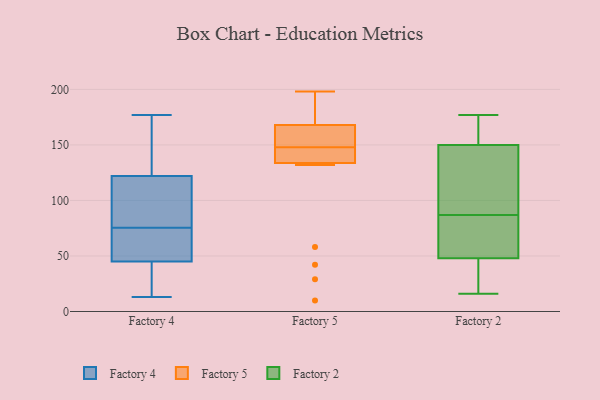
{"axis": {"x": "Budget (USD K)", "y": "Value"}, "legend": ["Factory 2", "Factory 4", "Factory 5"], "data": [{"x": "", "y": 47, "type": "Factory 4"}, {"x": "", "y": 32, "type": "Factory 4"}, {"x": "", "y": 30, "type": "Factory 4"}, {"x": "", "y": 172, "type": "Factory 4"}, {"x": "", "y": 45, "type": "Factory 4"}, {"x": "", "y": 122, "type": "Factory 4"}, {"x": "", "y": 74, "type": "Factory 4"}, {"x": "", "y": 118, "type": "Factory 4"}, {"x": "", "y": 18, "type": "Factory 4"}, {"x": "", "y": 150, "type": "Factory 4"}, {"x": "", "y": 77, "type": "Factory 4"}, {"x": "", "y": 13, "type": "Factory 4"}, {"x": "", "y": 49, "type": "Factory 4"}, {"x": "", "y": 153, "type": "Factory 4"}, {"x": "", "y": 95, "type": "Factory 4"}, {"x": "", "y": 177, "type": "Factory 4"}, {"x": "", "y": 51, "type": "Factory 4"}, {"x": "", "y": 101, "type": "Factory 4"}, {"x": "", "y": 198, "type": "Factory 5"}, {"x": "", "y": 183, "type": "Factory 5"}, {"x": "", "y": 42, "type": "Factory 5"}, {"x": "", "y": 139, "type": "Factory 5"}, {"x": "", "y": 161, "type": "Factory 5"}, {"x": "", "y": 10, "type": "Factory 5"}, {"x": "", "y": 149, "type": "Factory 5"}, {"x": "", "y": 189, "type": "Factory 5"}, {"x": "", "y": 183, "type": "Factory 5"}, {"x": "", "y": 162, "type": "Factory 5"}, {"x": "", "y": 148, "type": "Factory 5"}, {"x": "", "y": 170, "type": "Factory 5"}, {"x": "", "y": 29, "type": "Factory 5"}, {"x": "", "y": 147, "type": "Factory 5"}, {"x": "", "y": 132, "type": "Factory 5"}, {"x": "", "y": 146, "type": "Factory 5"}, {"x": "", "y": 145, "type": "Factory 5"}, {"x": "", "y": 148, "type": "Factory 5"}, {"x": "", "y": 58, "type": "Factory 5"}, {"x": "", "y": 81, "type": "Factory 2"}, {"x": "", "y": 97, "type": "Factory 2"}, {"x": "", "y": 152, "type": "Factory 2"}, {"x": "", "y": 170, "type": "Factory 2"}, {"x": "", "y": 116, "type": "Factory 2"}, {"x": "", "y": 148, "type": "Factory 2"}, {"x": "", "y": 177, "type": "Factory 2"}, {"x": "", "y": 28, "type": "Factory 2"}, {"x": "", "y": 50, "type": "Factory 2"}, {"x": "", "y": 31, "type": "Factory 2"}, {"x": "", "y": 16, "type": "Factory 2"}, {"x": "", "y": 74, "type": "Factory 2"}, {"x": "", "y": 54, "type": "Factory 2"}, {"x": "", "y": 46, "type": "Factory 2"}, {"x": "", "y": 152, "type": "Factory 2"}, {"x": "", "y": 93, "type": "Factory 2"}]}